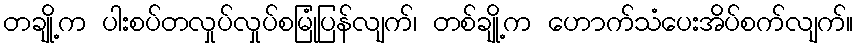
တချို့က ပါးစပ်တလှုပ်လှုပ်စမြုံပြန်လျက်၊ တစ်ချို့က ဟောက်သံပေးအိပ်စက်လျက်။